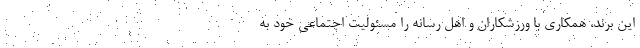
این برند، همکاری با ورزشکاران و اهل رسانه را مسئولیت اجتماعی خود به